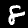
Label: 8